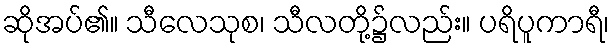
ဆိုအပ်၏။ သီလေသုစ၊ သီလတို့၌လည်း။ ပရိပူကာရီ၊